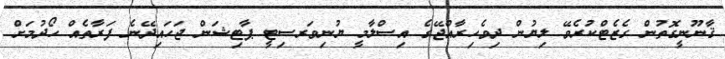
ޤާނޫނީގޮތުން ގެޒެޓްކުރެވޭ ލިޔުން ދިވެހިރާއްޖޭގެ އިސްލާމީ ޔުނިވަރސިޓީ ޕާޓިޝަން ޖަހައިދޭނެ ފަރާތެއް ހޯދުމަށް